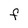
Character: F